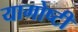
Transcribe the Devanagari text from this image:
यागोष्टी